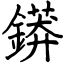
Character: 䥈